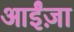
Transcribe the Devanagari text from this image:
आईंज़ा